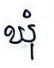
ឃុំ